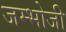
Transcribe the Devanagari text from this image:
जम्भोजी